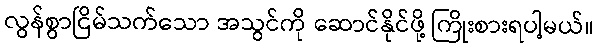
လွန်စွာငြိမ်သက်သော အသွင်ကို ဆောင်နိုင်ဖို့ ကြိုးစားရပါ့မယ်။